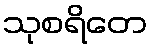
သုစရိတေ